Kassari_(Keina)_vallavalitsus, lk 77
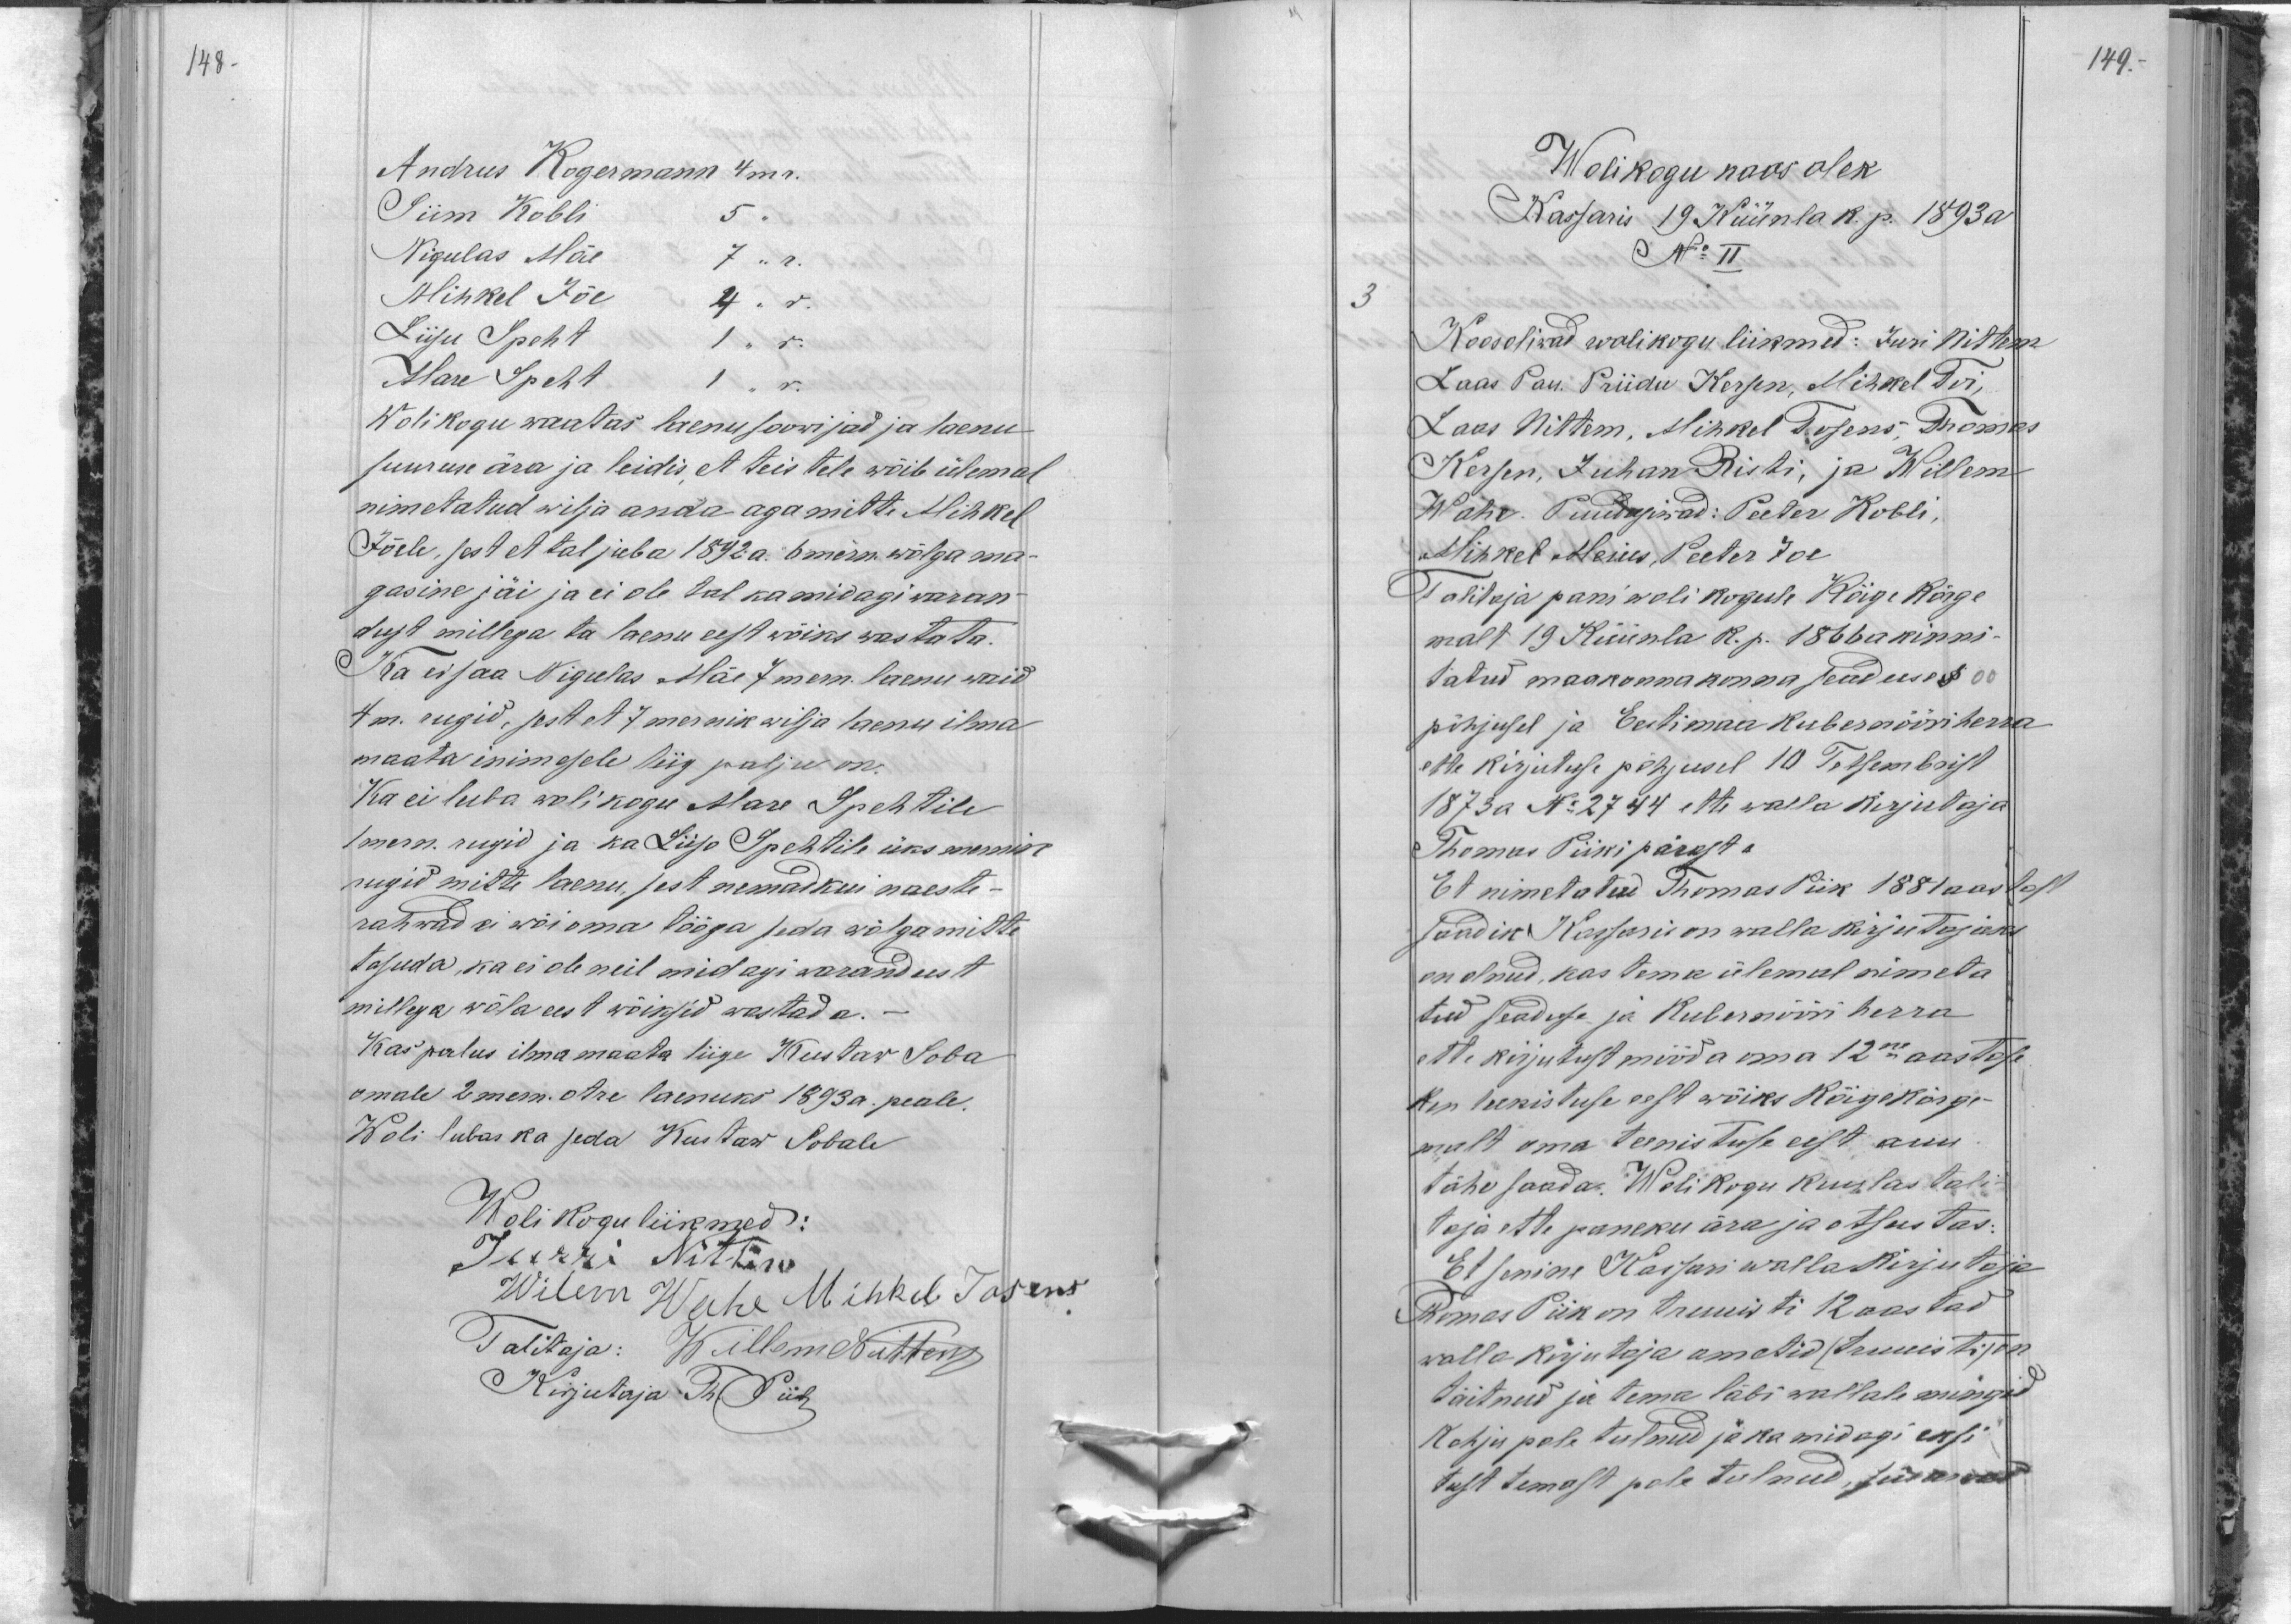
148.

149.

Andrus Kogermann 4 m r.
Siim Kobli
5 "
Nigulas Mäe
7 " r.
Mihkel Jõe
4 " r.
Liisu Speht
1 " r.
Mare Speht
1 " r.
Wolikogu waatas laenusoowijad ja laenu
suuruse ära ja leidis, et teistele wõib ülemal
nimetatud wilja anda aga mitte Mihkel
Jõele, sest et tal juba 1892 a. 6 mern. wõlga ma-
gasine jäi ja ei ole tal ka midagi waran-
dust millega ta laenu eest wõiks wastata.
Ka ei saa Nigulas Mäe 7 mern. laenu waid
4 m. rugid, sest et 7 mernik wilja laenu ilma
maata inimesele liig palju on.
Ka ei luba wolikogu Mare Spehtile
1 mern. rugid ja ka Liiso Spehtile üks mernik
rugid mitte laenu, sest nemad kui naeste-
rahwad ei wõi oma tööga seda wõlga mitte
tasuda, ka ei ole neil midagi warandust
millega wõla eest wõiksid wastada.
Kas palus ilma maata liige Kustaw Soba
omale 2 mern. otre laenuks 1893 a. peale.
Woli lubas ka seda Kustaw Sobale
Wolikogu liikmed:
Jurri Nittim
Wilem Wahe Mihkel Tosens
Talitaja: Willem Nittem
Kirjutaja Th. Piik

Wolikogu koos olek
Kassaris 19 Küünla k. p. 1893 a.
No II
3
Koosolewad wolikogu liikmed: Juri Nittem
Laas Pau. Priidu Kersen, Mihkel Toi,
Laas Nittem, Mihkel Tosens, Thomas
Kersen, Juhan Risti, ja Willem
Wahe. Puudusiwad: Peeter Kobli,
Mihkel Meius, Peeter Joe
Talitaja pani woli kogule Kõige Kõrge
malt 19 Küünla k. p. 1866 a kinni-
tatud maakonnakonna seaduses § 00
põhjusel ja Eestimaa Kubernööri herra
ette kirjutuse põhjusel 10 Tetsembrist
1873 a No 2744 ette walla kirjutaja
Thomas Piiki pärast
Et nimetatud Thomas Piik 1881 aastast
saadik Kassaris on walla kirjutajaks
on olnud, kas tema ülemal nimeta
tud seaduse ja Kubernööri herra
ette kirjutust mööda oma 12ne aastase
Ken teenistuse eest wõiks kõigekõrge
malt oma teenistuse eest auu-
tähe saada. Wolikogu kuulas tali-
taja ette paneku ära ja otsustas:
Et senine Kassari walla kirjutaja
Thomas Piik on truuisti 12 aastad
walla kirjutaja ametid /truuisti/ on
täitnud ja tema läbi wallale mingid
Kahju pole tulnud ja ka midagi eksi-
tust temast pole tulnud, siis arwas